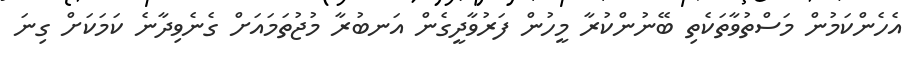
އެހެންކަމުން މަސްތުވާތަކެތި ބޭނުންކުރާ މީހުން ފަރުވާދީގެން އަނބުރާ މުޖުތަމައަށް ގެނެވިދާނެ ކަމަކަށް ގިނަ